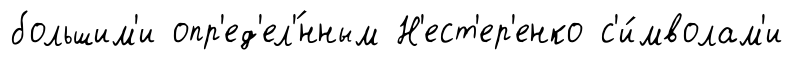
большим'и опр'ед'ел'́нным Н'ест'ер'енко с'и́мволам'и